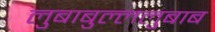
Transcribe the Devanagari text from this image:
लुबाबुल्ललुबाब